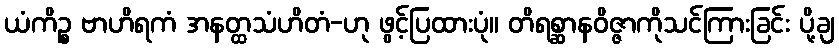
ယံကိဉ္စ ဗာဟိရကံ အနတ္ထသံဟိတံ-ဟု ဖွင့်ပြထားပုံ။ တိရစ္ဆာနဝိဇ္ဇာကိုသင်ကြားခြင်း ပို့ချ